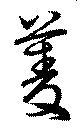
菱